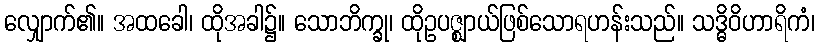
လျှောက်၏။ အထခေါ၊ ထိုအခါ၌။ သောဘိက္ခု၊ ထိုဥပဇ္ဈာယ်ဖြစ်သောရဟန်းသည်။ သဒ္ဓိဝိဟာရိကံ၊